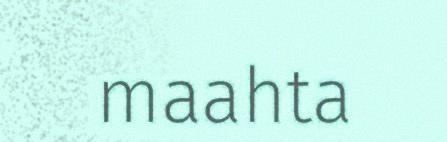
maahta